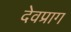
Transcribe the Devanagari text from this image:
देवप्राग